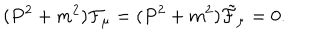
( P ^ { 2 } + m ^ { 2 } ) { \cal F } _ { \mu } = ( P ^ { 2 } + m ^ { 2 } ) { \tilde { \cal F } } _ { \mu } = 0 .